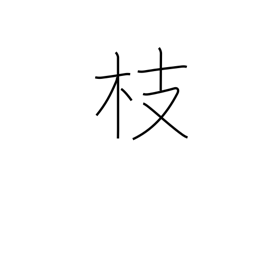
Meaning: twig